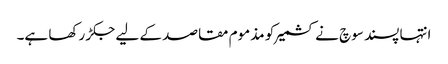
انتہا پسند سوچ نے کشمیر کو مذموم مقاصد کے لیے جکڑ رکھا ہے۔